Insane asylums Bombay 1873-77 - 1873-1877
Year: 1873
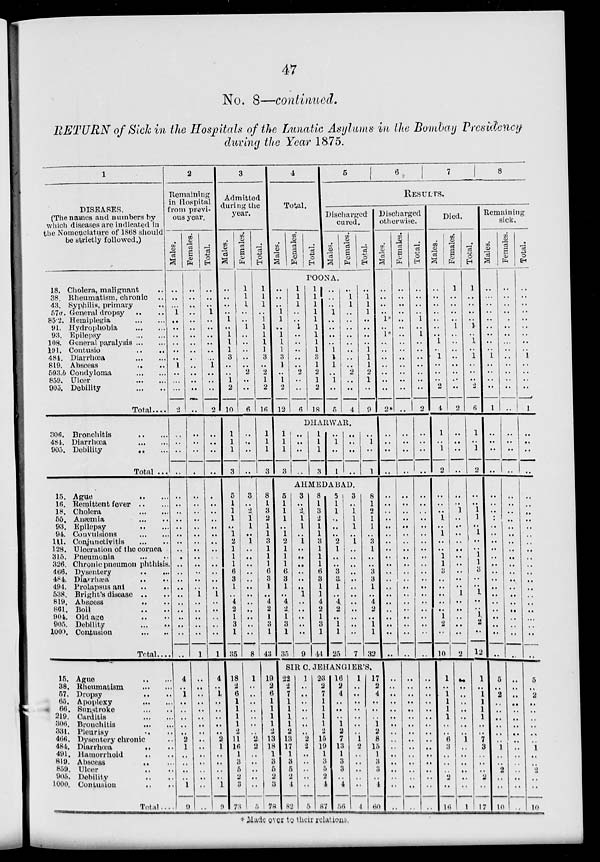
47
No. 8—continued.
RETURN of Sick in the Hospitals of the Lunatic Asylums in the Bombay Presidency
during the Year 1875.
1
DISEASES.
(The names and numbers by
which diseases are indicated in
the Nomenclature of 1868 should
be strictly followed.)
18.
38.
43.
57a.
85.2.
91.
93.
108.
191.
484.
819.
593.b
859.
905.
Cholera, malignant ..
Rheumatism, chronic ..
Syphilis, primary ..
General dropsy
..
Hemiplegia
...
...
Hydrophobia
...
...
Epilepsy
...
...
General paralysis ... ...
Contusio
...
...
Diarrhœa
...
...
Abscess
...
...
Condyloma
...
...
Ulcer
...
...
Debility
...
...
Total ....
306.
484.
905.
15.
16.
18.
55.
93.
94
111
128.
315.
326.
466.
484.
494.
538.
819.
861.
904.
905.
1009.
15.
38
57.
65.
66
219
306
331
466
484
491
819
859
905
1000
Bronchitis
...
...
Diarrhœa
...
...
Debility
...
...
Total ...
Ague
...
...
Remittent fever
...
...
Cholera
...
...
Anæmia
...
...
Epilepsy ... ...
Convulsions
...
...
Conjunctivitis
...
..
Ulceration of the cornea
Pneumonia
...
...
Chronic pneumon phthisis.
Dysentery
...
...
Diarrhæa ... ...
Prolapsus ani .. ..
Bright's disease .. ..
Abscess
..
..
Boil .. ..
Old age .. ..
Debility
..
..
Contusion
..
..
Total....
Ague .. ..
Rheumatism
..
..
Dropsy
..
..
Apoplexy ... ...
Sunstroke ... ...
Carditis
...
...
Bronchitis ... ...
Pleurisy ... ...
Dysentery chronic ..
Diarrhœa
.. ..
Hamorrhoid
.. ..
Abscess
..
..
Ulcer
..
..
Debility .. ..
Contusion .. ..
Total...
2
Remaining
in Hospital
from previ-
ous year.
Males.
..
..
...
1
..
..
..
..
..
..
1
..
..
...
2
..
..
..
..
..
..
..
..
..
..
..
..
..
..
..
..
..
..
..
..
..
..
..
..
4
..
1
..
..
..
..
..
2
1
..
..
..
..
1
9
Females.
..
..
..
..
..
..
..
..
..
..
..
..
..
..
..
..
..
..
..
..
..
..
..
..
..
..
..
..
..
..
..
..
1
..
..
..
..
..
1
..
..
..
..
..
..
..
..
..
..
..
..
..
..
..
..
Total.
..
..
.. 1
..
..
..
..
..
..
1
..
..
..
2
..
..
..
..
..
..
..
..
..
..
..
..
..
..
..
..
..
1
..
..
..
..
..
1
4
..
1
..
..
..
..
..
2
1
..
..
..
..
1
9
3
Admitted
during the
year.
Males.
..
..
..
..
1
..
1
1
1
3
..
..
1
2
10
1
1
1
3
5
1
1
1
..
1
2
1
1
1
6
3
1
..
4
2
1
3
1
35
18
2
6
1
1
1
1
2
11
16
1
3
5
2
3
73
Females.
1
1
1
..
..
1
..
..
..
..
..
2
..
..
6
..
..
..
..
3
..
2
1
1
..
1
..
..
..
..
..
..
..
..
..
..
..
..
8
1
..
..
..
..
..
..
..
2
2
..
..
..
..
..
5
Total.
1
1
1
..
1
1
1
1
1
3
..
2
1
2
16
1
1
1
3
8
1
3
2
1
1
3
1
1
1
6
3
1
..
4
2
1
3
1
43
19
2
6
1
1
1
1
2
13
18
1
3
5
2
3
78
4
Total.
Males.
Females.
Total.
5
6
7
8
RESULTS.
Discharged
cured.
Males.
Females.
Total.
POONA.
..
..
..
1
1
..
1
1
1
3
1
..
1
2
12
1
1
1
..
..
1
..
..
..
..
..
2
..
..
6
1
1
1
1
1
1
1
1
1
3
1
2
1
2
18
..
..
..
1
..
..
..
..
1
1
1
..
1
..
5
..
1
1
..
..
..
..
..
..
..
..
2
..
..
4
..
1
1
1
..
..
..
..
1
1
1
2
1
..
9
DHARWAR.
1
1
1
3
..
..
..
..
1
1
1
3
..
1
..
1
..
..
..
..
..
1
..
1
AHMEDABAD.
5
1
1
1
..
1
2
1
1
1
6
3
1
..
4
2
1
3
1
35
3
..
2
1
1
..
1
..
..
..
..
..
..
1
..
..
..
..
..
9
8
1
3
2
1
1
3
1
1
1
6
3
1
1
4
2
1
3
1
44
5
1
1
..
..
..
2
1
..
..
3
3
1
..
4
2
..
1
1
25
3
..
1
1
1
..
1
..
..
..
..
..
..
..
..
..
..
..
..
7
8
1
2
1
1
..
3
1
..
..
3
3
1
..
4
2
..
1
1
32
SIRC. JEHANGIER'S.
22
2
7
1
1
1
1
2
13
17
1
3
5
2
1
82
1
..
..
..
..
..
..
..
2
2
..
..
..
..
..
5
23
2
7
1
1
1
1
2
15
19
1
3
5
2
4
87
16
2
4
..
..
..
1
2
7
13
1
3
3
..
4
56
1
..
..
..
..
..
..
..
1
2
..
..
..
..
..
4
17
2
4
..
..
..
1
2
8
15
1
3
3
..
4
60
Discharged
otherwise.
Males.
..
..
..
..
1*
..
1*
..
..
..
..
..
..
..
2*
..
..
..
..
..
..
..
..
..
..
..
..
..
..
..
..
..
..
..
..
..
..
..
..
..
..
..
..
..
..
..
..
..
..
..
..
..
..
..
..
Females.
..
..
..
..
..
..
..
..
..
..
..
..
..
..
..
..
..
..
..
..
..
..
..
..
..
..
..
..
..
..
..
..
..
..
..
..
..
..
..
..
..
..
..
..
..
..
..
..
..
..
..
..
..
..
..
Total.
..
..
..
..
1
..
1
..
..
..
..
..
..
..
2
..
..
..
..
..
..
..
..
..
..
..
..
..
..
..
..
..
..
..
..
..
..
..
..
..
..
..
..
..
..
..
..
..
..
..
..
..
..
..
Died.
Males.
..
..
..
..
..
..
..
1
..
1
..
..
..
2
4
1
..
1
2
..
..
..
1
..
1
..
..
1
1
3
..
..
..
..
..
1
2
..
10
1
..
1
1
1
1
..
..
6
3
..
..
..
2
..
16
Females.
1
..
..
..
..
1
..
..
..
..
..
..
..
..
2
..
..
..
..
..
..
1
..
..
..
..
..
..
..
..
..
..
1
..
..
..
..
..
2
..
..
..
..
..
..
..
..
1
..
..
..
..
..
..
1
Total.
1
..
..
..
..
1
..
1
..
1
..
..
..
2
6
1
..
1
2
..
..
1
1
..
1
..
..
1
1
3
..
..
1
..
..
1
2
..
12
1
..
1
1
1
1
..
..
7
3
..
..
..
2
..
17
Remaining
sick.
Males.
..
..
..
..
..
..
..
..
1
..
..
..
..
1
..
..
..
..
..
..
..
..
..
..
..
..
..
..
..
..
..
..
..
..
..
..
..
..
5
..
2
..
..
..
..
..
..
1
..
..
2
..
..
10
Females.
..
..
..
..
..
..
..
...
..
..
..
..
..
..
..
..
..
..
..
..
..
..
..
..
..
..
..
..
..
..
..
..
..
..
..
..
..
..
..
..
..
..
..
..
..
..
..
..
..
..
..
..
..
..
..
Total.
..
..
..
..
..
..
..
..
..
1
..
..
..
..
1
..
..
..
..
..
..
..
..
..
..
..
..
..
..
..
..
..
..
..
..
..
...
..
..
5
..
2 ..
..
..
..
..
..
1
..
..
2
..
..
10
* Made over to their relations.